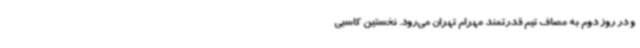
و در روز دوم به مصاف تیم قدرتمند مهرام تهران می‌رود. نخستین کاسبی